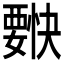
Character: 𰴌